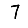
Digit: 7